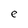
Character: e